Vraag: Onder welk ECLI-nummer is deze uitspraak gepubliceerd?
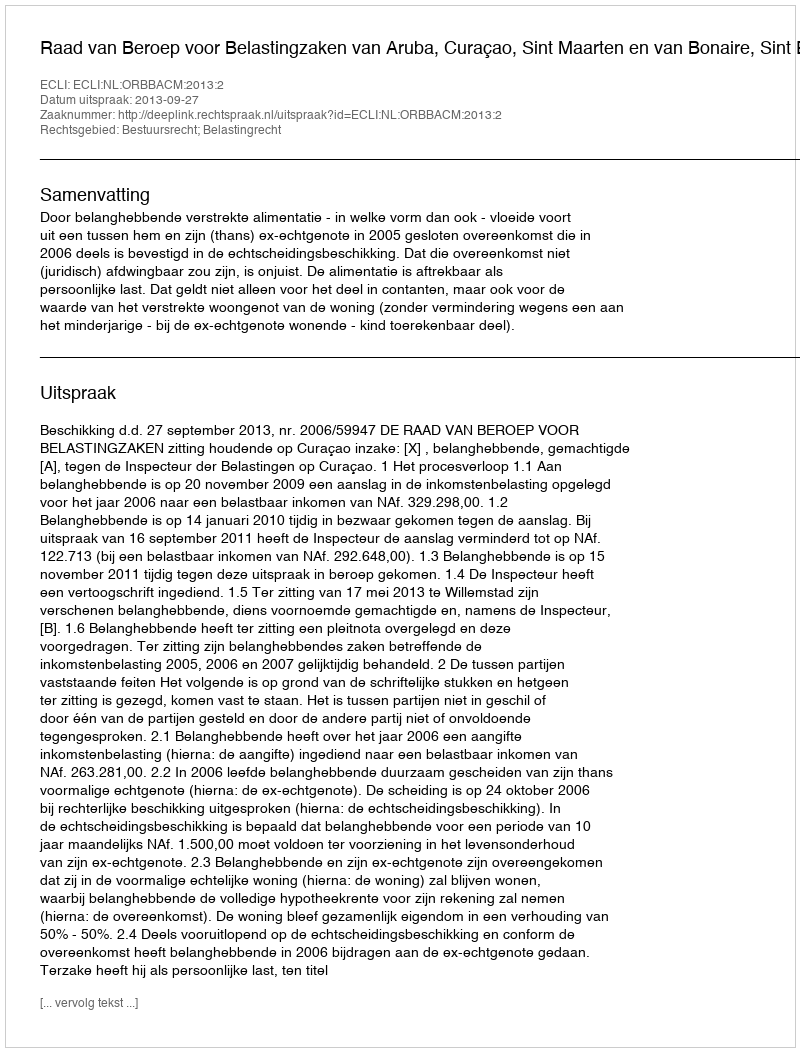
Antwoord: ECLI:NL:ORBBACM:2013:2